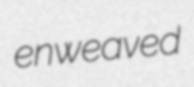
enweaved